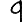
Digit: 9